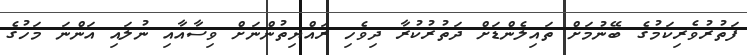
ފަތުރުވެރިކަމުގެ ބޭނުމަށް ތައިލެންޑަށް ދަތުރުކުރާ ދިވެހި ރައްޔިތުންނަށް ވިސާއާއި ނުލައި އަންނަ މަހުގެ